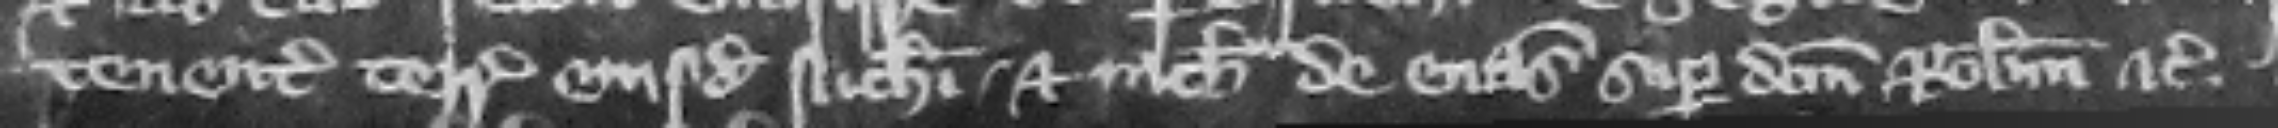
tenentes terras eiusdem Nicolai. et nichil de euasione super dictum Robertum etc.